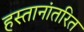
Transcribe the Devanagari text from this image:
हस्तानांतरित